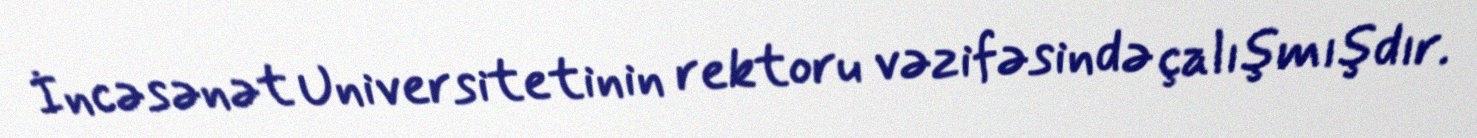
İncəsənət Universitetinin rektoru vəzifəsində çalışmışdır.